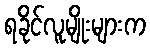
ရခိုင်လူမျိုးများက